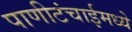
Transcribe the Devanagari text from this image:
पाणीटंचाईमध्ये